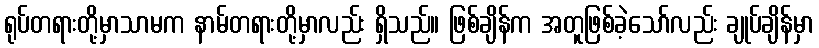
ရုပ်တရားတို့မှာသာမက နာမ်တရားတို့မှာလည်း ရှိသည်။ ဖြစ်ချိန်က အတူဖြစ်ခဲ့သော်လည်း ချုပ်ချိန်မှာ